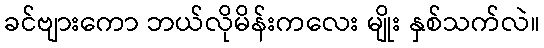
ခင်ဗျားကော ဘယ်လိုမိန်းကလေး မျိုး နှစ်သက်လဲ။